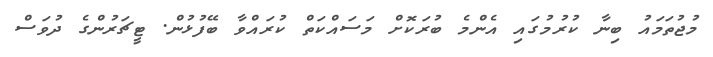
މުޖުތަމައު ބިނާ ކުރުމުގައި އެންމެ ބުރަކޮށް މަސައްކަތް ކުރައްވާ ބޭފުޅުން. ޓީޗަރުންގެ ދުވަސް